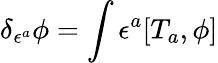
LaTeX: \delta_{\epsilon^{a}}\phi=\int\epsilon^{a}[T_{a},\phi]